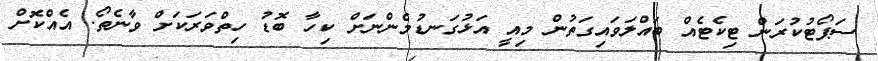
ސަޕޯޓުކުރަން ޓިކެޓެއް ބައްލަވައިގަތުން މިއީ އަޅުގަނޑުމެންނަށް ކިހާ ބޮޑު ހިތްވަރަކަށް ވާނެތޯ. އެއްކޮށް